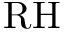
\mathrm { R H }